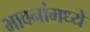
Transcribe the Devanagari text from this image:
भावनांमध्ये